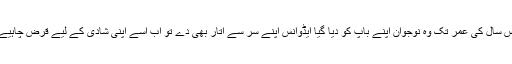
بائیس تئیس سال کی عمر تک وہ نوجوان اپنے باپ کو دیا گیا ایڈوانس اپنے سر سے اتار بھی دے تو اب اسے اپنی شادی کے لیے قرض چاہیے ہوتا ہے۔